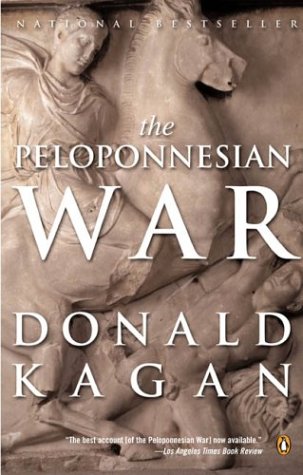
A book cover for The Peloponnesian War; Donald Kagan; History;